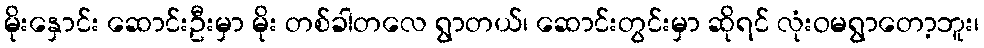
မိုးနှောင်း ဆောင်းဦးမှာ မိုး တစ်ခါတလေ ရွာတယ်၊ ဆောင်းတွင်းမှာ ဆိုရင် လုံးဝမရွာတော့ဘူး၊